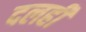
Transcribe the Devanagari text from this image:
दलही